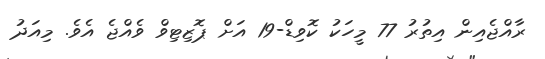
ރާއްޖެއިން އިތުރު 77 މީހަކު ކޮވިޑް-19 އަށް ޕޮޒިޓިވް ވެއްޖެ އެވެ. މިއަދު